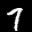
Label: 7